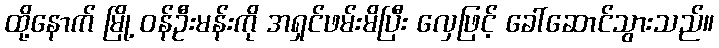
ထို့နောက် မြို့ ဝန်ဦးမန်းကို အရှင်ဖမ်းမိပြီး လှေဖြင့် ခေါ်ဆောင်သွားသည်။